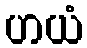
ဟယံ